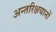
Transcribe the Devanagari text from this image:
अन्तरिक्षयानों